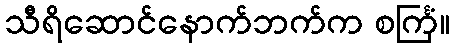
သီရိဆောင်နောက်ဘက်က စင်္ကြံ။